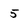
Character: 5